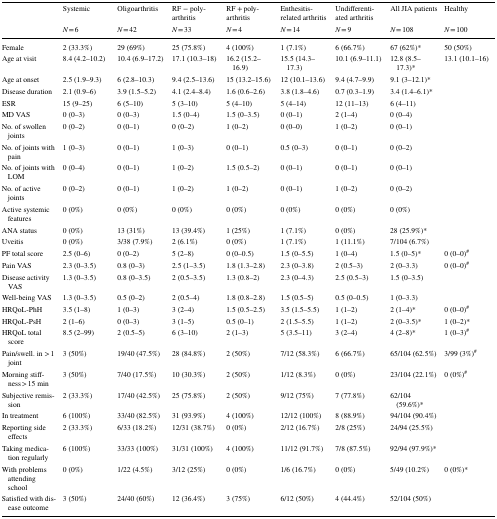
<table><thead><tr><td rowspan="2"></td><td><b>Systemic</b></td><td><b>Oligoarthritis</b></td><td><b>RF − poly-arthritis</b></td><td><b>RF + poly-arthritis</b></td><td><b>Enthesitis-related arthritis</b></td><td><b>Undifferentiated arthritis</b></td><td><b>All JIA patients</b></td><td><b>Healthy</b></td></tr><tr><td><b><i>N</i> = 6</b></td><td><b><i>N</i> = 42</b></td><td><b><i>N</i> = 33</b></td><td><b><i>N</i> = 4</b></td><td><b><i>N</i> = 14</b></td><td><b><i>N</i> = 9</b></td><td><b><i>N</i> = 108</b></td><td><b><i>N</i> = 100</b></td></tr></thead><tbody><tr><td>Female</td><td>2 (33.3%)</td><td>29 (69%)</td><td>25 (75.8%)</td><td>4 (100%)</td><td>1 (7.1%)</td><td>6 (66.7%)</td><td>67 (62%)*</td><td>50 (50%)</td></tr><tr><td>Age at visit</td><td>8.4 (4.2–10.2)</td><td>10.4 (6.9–17.2)</td><td>17.1 (10.3–18)</td><td>16.2 (15.2–16.9)</td><td>15.5 (14.3–17.3)</td><td>10.1 (6.9–11.1)</td><td>12.8 (8.5–17.3)*</td><td>13.1 (10.1–16)</td></tr><tr><td>Age at onset</td><td>2.5 (1.9–9.3)</td><td>6 (2.8–10.3)</td><td>9.4 (2.5–13.6)</td><td>15 (13.2–15.6)</td><td>12 (10.1–13.6)</td><td>9.4 (4.7–9.9)</td><td>9.1 (3–12.1)*</td><td></td></tr><tr><td>Disease duration</td><td>2.1 (0.9–6)</td><td>3.9 (1.5–5.2)</td><td>4.1 (2.4–8.4)</td><td>1.6 (0.6–2.6)</td><td>3.8 (1.8–4.6)</td><td>0.7 (0.3–1.9)</td><td>3.4 (1.4–6.1)*</td><td></td></tr><tr><td>ESR</td><td>15 (9–25)</td><td>6 (5–10)</td><td>5 (3–10)</td><td>5 (4–10)</td><td>5 (4–14)</td><td>12 (11–13)</td><td>6 (4–11)</td><td></td></tr><tr><td>MD VAS</td><td>0 (0–3)</td><td>0 (0–3)</td><td>1.5 (0–4)</td><td>1.5 (0–3.5)</td><td>0 (0–1)</td><td>2 (1–4)</td><td>0 (0–4)</td><td></td></tr><tr><td>No. of swollen joints</td><td>0 (0–2)</td><td>0 (0–1)</td><td>0 (0–2)</td><td>1 (0–2)</td><td>0 (0–0)</td><td>1 (0–2)</td><td>0 (0–1)</td><td></td></tr><tr><td>No. of joints with pain</td><td>1 (0–3)</td><td>0 (0–1)</td><td>1 (0–3)</td><td>0 (0–1)</td><td>0.5 (0–3)</td><td>0 (0–1)</td><td>0 (0–2)</td><td></td></tr><tr><td>No. of joints with LOM</td><td>0 (0–4)</td><td>0 (0–1)</td><td>1 (0–2)</td><td>1.5 (0.5–2)</td><td>0 (0–1)</td><td>0 (0–1)</td><td>0 (0–1)</td><td></td></tr><tr><td>No. of active joints</td><td>0 (0–2)</td><td>0 (0–1)</td><td>1 (0–2)</td><td>1 (0–2)</td><td>0 (0–1)</td><td>1 (0–2)</td><td>0 (0–2)</td><td></td></tr><tr><td>Active systemic features</td><td>0 (0%)</td><td>0 (0%)</td><td>0 (0%)</td><td>0 (0%)</td><td>0 (0%)</td><td>0 (0%)</td><td>0 (0%)</td><td></td></tr><tr><td>ANA status</td><td>0 (0%)</td><td>13 (31%)</td><td>13 (39.4%)</td><td>1 (25%)</td><td>1 (7.1%)</td><td>0 (0%)</td><td>28 (25.9%)*</td><td></td></tr><tr><td>Uveitis</td><td>0 (0%)</td><td>3/38 (7.9%)</td><td>2 (6.1%)</td><td>0 (0%)</td><td>1 (7.1%)</td><td>1 (11.1%)</td><td>7/104 (6.7%)</td><td></td></tr><tr><td>PF total score</td><td>2.5 (0–6)</td><td>0 (0–2)</td><td>5 (2–8)</td><td>0 (0–0.5)</td><td>1.5 (0–5.5)</td><td>1 (0–4)</td><td>1.5 (0–5)*</td><td>0 (0–0)<sup>#</sup></td></tr><tr><td>Pain VAS</td><td>2.3 (0–3.5)</td><td>0.8 (0–3)</td><td>2.5 (1–3.5)</td><td>1.8 (1.3–2.8)</td><td>2.3 (0–3.8)</td><td>2 (0.5–3)</td><td>2 (0–3.3)</td><td>0 (0–0)<sup>#</sup></td></tr><tr><td>Disease activity VAS</td><td>1.3 (0–3.5)</td><td>0.8 (0–3.5)</td><td>2 (0.5–3.5)</td><td>1.3 (0.8–2)</td><td>2.3 (0–4.3)</td><td>2.5 (0.5–3)</td><td>1.5 (0–3.5)</td><td></td></tr><tr><td>Well-being VAS</td><td>1.3 (0–3.5)</td><td>0.5 (0–2)</td><td>2 (0.5–4)</td><td>1.8 (0.8–2.8)</td><td>1.5 (0.5–5)</td><td>0.5 (0–0.5)</td><td>1 (0–3.3)</td><td></td></tr><tr><td>HRQoL-PhH</td><td>3.5 (1–8)</td><td>1 (0–3)</td><td>3 (2–4)</td><td>1.5 (0.5–2.5)</td><td>3.5 (1.5–5.5)</td><td>1 (1–2)</td><td>2 (1–4)*</td><td>0 (0–0)<sup>#</sup></td></tr><tr><td>HRQoL-PsH</td><td>2 (1–6)</td><td>0 (0–3)</td><td>3 (1–5)</td><td>0.5 (0–1)</td><td>2 (1.5–5.5)</td><td>1 (1–2)</td><td>2 (0–3.5)*</td><td>1 (0–2)*</td></tr><tr><td>HRQoL total score</td><td>8.5 (2–99)</td><td>2 (0.5–5)</td><td>6 (3–10)</td><td>2 (1–3)</td><td>5 (3.5–11)</td><td>3 (2–4)</td><td>4 (2–8)*</td><td>1 (0–3)<sup>#</sup></td></tr><tr><td>Pain/swell. in &gt; 1 joint</td><td>3 (50%)</td><td>19/40 (47.5%)</td><td>28 (84.8%)</td><td>2 (50%)</td><td>7/12 (58.3%)</td><td>6 (66.7%)</td><td>65/104 (62.5%)</td><td>3/99 (3%)<sup>#</sup></td></tr><tr><td>Morning stiffness &gt; 15 min</td><td>3 (50%)</td><td>7/40 (17.5%)</td><td>10 (30.3%)</td><td>2 (50%)</td><td>1/12 (8.3%)</td><td>0 (0%)</td><td>23/104 (22.1%)</td><td>0 (0%)<sup>#</sup></td></tr><tr><td>Subjective remission</td><td>2 (33.3%)</td><td>17/40 (42.5%)</td><td>25 (75.8%)</td><td>2 (50%)</td><td>9/12 (75%)</td><td>7 (77.8%)</td><td>62/104 (59.6%)*</td><td></td></tr><tr><td>In treatment</td><td>6 (100%)</td><td>33/40 (82.5%)</td><td>31 (93.9%)</td><td>4 (100%)</td><td>12/12 (100%)</td><td>8 (88.9%)</td><td>94/104 (90.4%)</td><td></td></tr><tr><td>Reporting side effects</td><td>2 (33.3%)</td><td>6/33 (18.2%)</td><td>12/31 (38.7%)</td><td>0 (0%)</td><td>2/12 (16.7%)</td><td>2/8 (25%)</td><td>24/94 (25.5%)</td><td></td></tr><tr><td>Taking medication regularly</td><td>6 (100%)</td><td>33/33 (100%)</td><td>31/31 (100%)</td><td>4 (100%)</td><td>11/12 (91.7%)</td><td>7/8 (87.5%)</td><td>92/94 (97.9%)*</td><td></td></tr><tr><td>With problems attending school</td><td>0 (0%)</td><td>1/22 (4.5%)</td><td>3/12 (25%)</td><td>0 (0%)</td><td>1/6 (16.7%)</td><td>0 (0%)</td><td>5/49 (10.2%)</td><td>0 (0%)*</td></tr><tr><td>Satisfied with disease outcome</td><td>3 (50%)</td><td>24/40 (60%)</td><td>12 (36.4%)</td><td>3 (75%)</td><td>6/12 (50%)</td><td>4 (44.4%)</td><td>52/104 (50%)</td><td></td></tr></tbody></table>